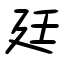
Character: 廷